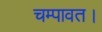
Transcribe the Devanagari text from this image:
चम्पावत।